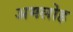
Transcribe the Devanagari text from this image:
अमलोह